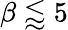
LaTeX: \beta\lessapprox 5